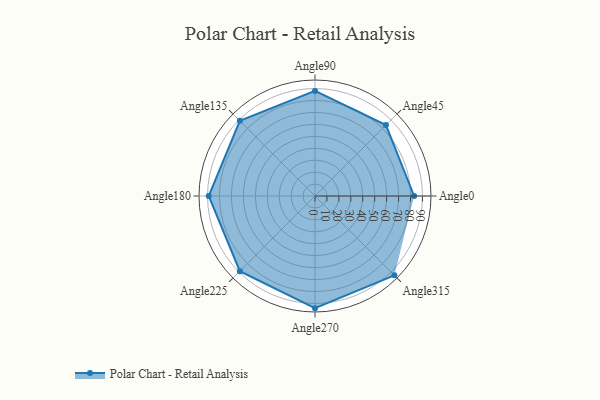
{"axis": {"x": "Angle", "y": "Radius"}, "legend": [""], "data": [{"x": "Angle0", "y": 83.0, "type": ""}, {"x": "Angle45", "y": 84.0, "type": ""}, {"x": "Angle90", "y": 88.0, "type": ""}, {"x": "Angle135", "y": 89.0, "type": ""}, {"x": "Angle180", "y": 89.0, "type": ""}, {"x": "Angle225", "y": 89.0, "type": ""}, {"x": "Angle270", "y": 94.0, "type": ""}, {"x": "Angle315", "y": 94.0, "type": ""}]}